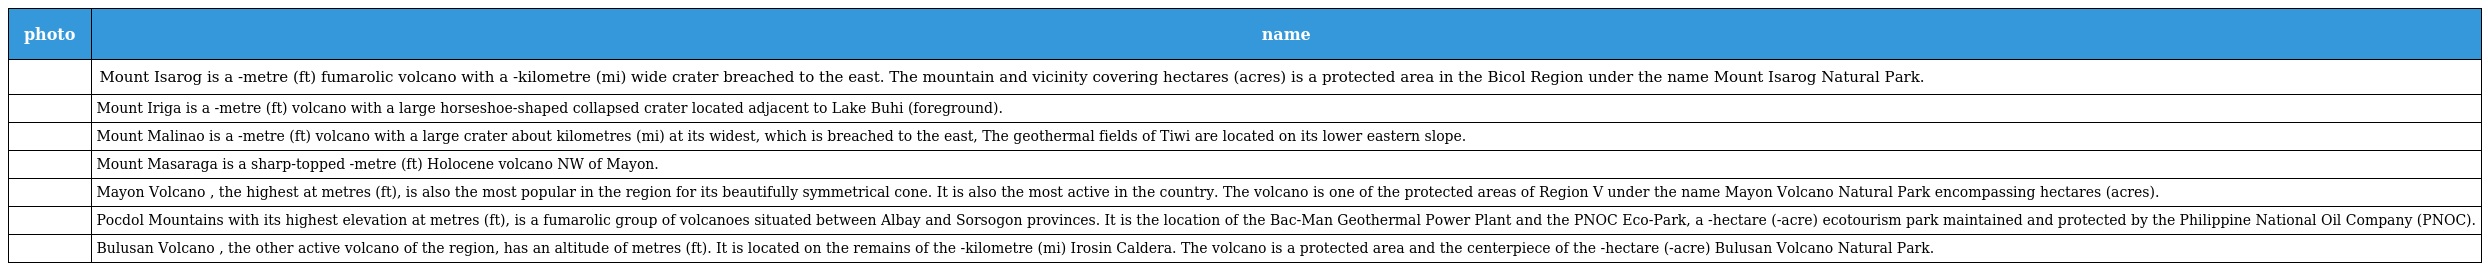
| photo | name |
 | --- | --- |
 |  | Mount Isarog is a -metre (ft) fumarolic volcano with a -kilometre (mi) wide crater breached to the east. The mountain and vicinity covering hectares (acres) is a protected area in the Bicol Region under the name Mount Isarog Natural Park. |
 |  | Mount Iriga is a -metre (ft) volcano with a large horseshoe-shaped collapsed crater located adjacent to Lake Buhi (foreground). |
 |  | Mount Malinao is a -metre (ft) volcano with a large crater about kilometres (mi) at its widest, which is breached to the east, The geothermal fields of Tiwi are located on its lower eastern slope. |
 |  | Mount Masaraga is a sharp-topped -metre (ft) Holocene volcano NW of Mayon. |
 |  | Mayon Volcano , the highest at metres (ft), is also the most popular in the region for its beautifully symmetrical cone. It is also the most active in the country. The volcano is one of the protected areas of Region V under the name Mayon Volcano Natural Park encompassing hectares (acres). |
 |  | Pocdol Mountains with its highest elevation at metres (ft), is a fumarolic group of volcanoes situated between Albay and Sorsogon provinces. It is the location of the Bac-Man Geothermal Power Plant and the PNOC Eco-Park, a -hectare (-acre) ecotourism park maintained and protected by the Philippine National Oil Company (PNOC). |
 |  | Bulusan Volcano , the other active volcano of the region, has an altitude of metres (ft). It is located on the remains of the -kilometre (mi) Irosin Caldera. The volcano is a protected area and the centerpiece of the -hectare (-acre) Bulusan Volcano Natural Park. |